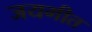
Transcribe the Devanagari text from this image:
जयगीत